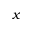
x